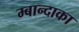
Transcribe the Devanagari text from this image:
म्बान्दाका